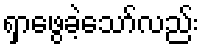
ရှာဖွေခဲ့သော်လည်း